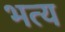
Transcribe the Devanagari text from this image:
भत्य